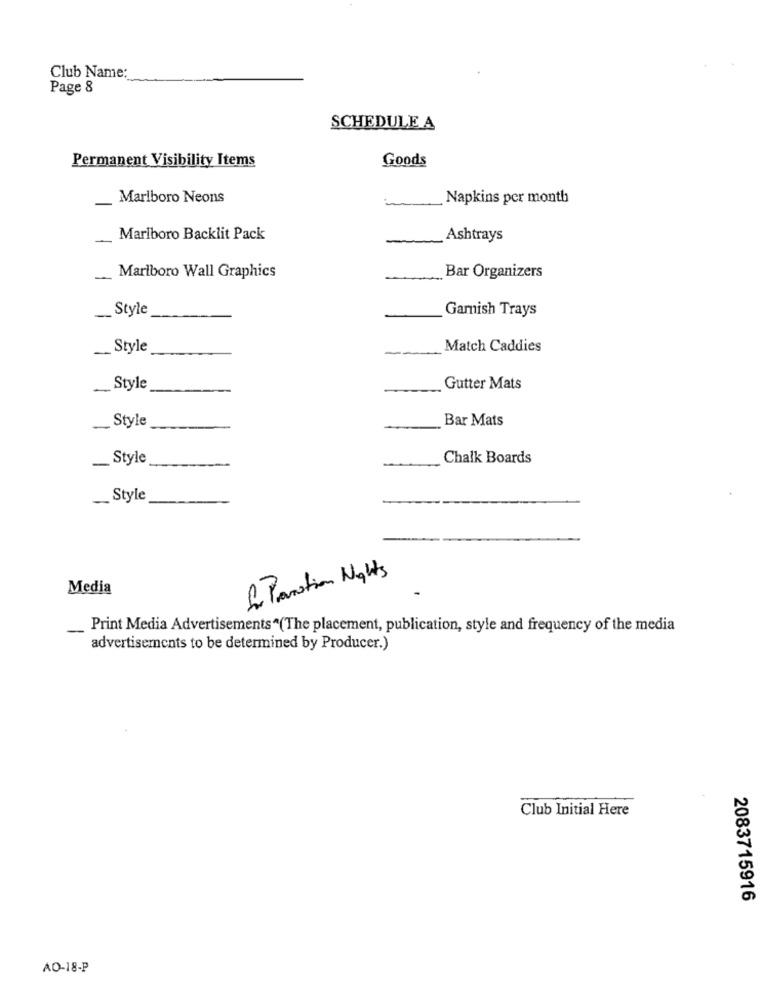
Club Name:
Page 8
SCHEDULE A
Permanent Visibility Items
Goods
Marlboro Neons
Napkins per month
Marlboro Backlit Pack
-
Ashtrays
Marlboro Wall Graphics
-
Bar Organizers
__ Style
Garnish Trays
__ Style
-
Match Caddies
- Style
Gutter Mats
_ Style
Bar Mats
-
_Style
Chalk Boards
. Style
La Paration Nights
Media
-
Print Media Advertisements^(The placement, publication, style and frequency of the media
advertisements to be determined by Producer.)
Club Initial Here
2083715916
AO-18-P